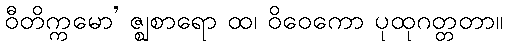
ဝီတိက္ကမော’ ဇ္ဈစာရော ထ၊ ဝိဝေကော ပုထုဂတ္တတာ။